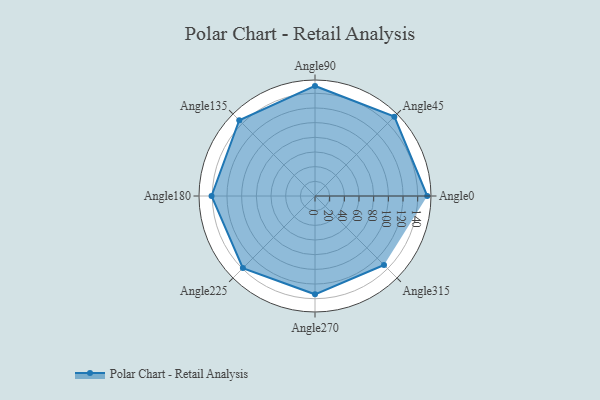
{"axis": {"x": "Angle", "y": "Radius"}, "legend": [""], "data": [{"x": "Angle0", "y": 153.0, "type": ""}, {"x": "Angle45", "y": 153.0, "type": ""}, {"x": "Angle90", "y": 150.0, "type": ""}, {"x": "Angle135", "y": 146.0, "type": ""}, {"x": "Angle180", "y": 141.0, "type": ""}, {"x": "Angle225", "y": 139.0, "type": ""}, {"x": "Angle270", "y": 134.0, "type": ""}, {"x": "Angle315", "y": 133.0, "type": ""}]}